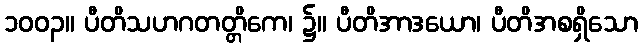
၁၀၀၃။ ပီတိသဟဂတတ္တိကေ၊ ၌။ ပီတိအာဒယော၊ ပီတိအစရှိသော